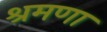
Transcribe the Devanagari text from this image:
श्रमणा